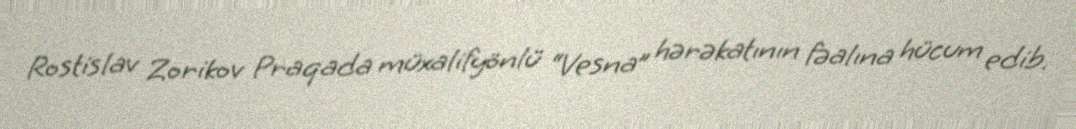
Rostislav Zorikov Praqada müxalifyönlü “Vesna” hərəkatının fəalına hücum edib.